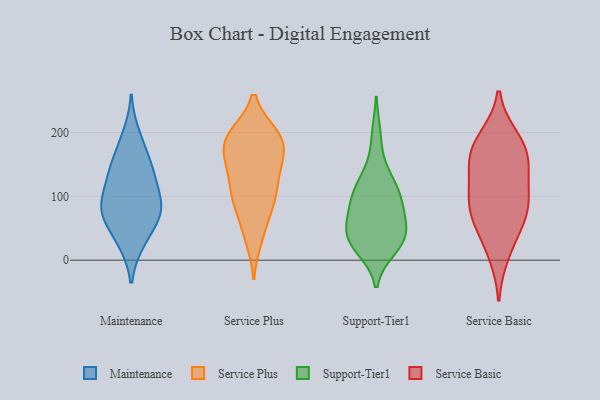
{"axis": {"x": "Population (Million)", "y": "Value"}, "legend": ["Maintenance", "Service Basic", "Service Plus", "Support-Tier1"], "data": [{"x": "", "y": 145, "type": "Maintenance"}, {"x": "", "y": 26, "type": "Maintenance"}, {"x": "", "y": 198, "type": "Maintenance"}, {"x": "", "y": 67, "type": "Maintenance"}, {"x": "", "y": 151, "type": "Maintenance"}, {"x": "", "y": 26, "type": "Maintenance"}, {"x": "", "y": 135, "type": "Maintenance"}, {"x": "", "y": 95, "type": "Maintenance"}, {"x": "", "y": 67, "type": "Maintenance"}, {"x": "", "y": 177, "type": "Maintenance"}, {"x": "", "y": 102, "type": "Maintenance"}, {"x": "", "y": 69, "type": "Maintenance"}, {"x": "", "y": 102, "type": "Maintenance"}, {"x": "", "y": 73, "type": "Maintenance"}, {"x": "", "y": 130, "type": "Maintenance"}, {"x": "", "y": 75, "type": "Maintenance"}, {"x": "", "y": 175, "type": "Service Plus"}, {"x": "", "y": 196, "type": "Service Plus"}, {"x": "", "y": 180, "type": "Service Plus"}, {"x": "", "y": 120, "type": "Service Plus"}, {"x": "", "y": 194, "type": "Service Plus"}, {"x": "", "y": 196, "type": "Service Plus"}, {"x": "", "y": 142, "type": "Service Plus"}, {"x": "", "y": 110, "type": "Service Plus"}, {"x": "", "y": 85, "type": "Service Plus"}, {"x": "", "y": 82, "type": "Service Plus"}, {"x": "", "y": 194, "type": "Service Plus"}, {"x": "", "y": 33, "type": "Service Plus"}, {"x": "", "y": 88, "type": "Service Plus"}, {"x": "", "y": 42, "type": "Service Plus"}, {"x": "", "y": 161, "type": "Service Plus"}, {"x": "", "y": 146, "type": "Service Plus"}, {"x": "", "y": 194, "type": "Service Plus"}, {"x": "", "y": 154, "type": "Service Plus"}, {"x": "", "y": 108, "type": "Service Plus"}, {"x": "", "y": 35, "type": "Support-Tier1"}, {"x": "", "y": 91, "type": "Support-Tier1"}, {"x": "", "y": 195, "type": "Support-Tier1"}, {"x": "", "y": 28, "type": "Support-Tier1"}, {"x": "", "y": 27, "type": "Support-Tier1"}, {"x": "", "y": 36, "type": "Support-Tier1"}, {"x": "", "y": 137, "type": "Support-Tier1"}, {"x": "", "y": 120, "type": "Support-Tier1"}, {"x": "", "y": 92, "type": "Support-Tier1"}, {"x": "", "y": 68, "type": "Support-Tier1"}, {"x": "", "y": 93, "type": "Support-Tier1"}, {"x": "", "y": 110, "type": "Support-Tier1"}, {"x": "", "y": 50, "type": "Support-Tier1"}, {"x": "", "y": 19, "type": "Support-Tier1"}, {"x": "", "y": 51, "type": "Support-Tier1"}, {"x": "", "y": 125, "type": "Service Basic"}, {"x": "", "y": 83, "type": "Service Basic"}, {"x": "", "y": 95, "type": "Service Basic"}, {"x": "", "y": 152, "type": "Service Basic"}, {"x": "", "y": 190, "type": "Service Basic"}, {"x": "", "y": 75, "type": "Service Basic"}, {"x": "", "y": 150, "type": "Service Basic"}, {"x": "", "y": 177, "type": "Service Basic"}, {"x": "", "y": 11, "type": "Service Basic"}, {"x": "", "y": 80, "type": "Service Basic"}, {"x": "", "y": 177, "type": "Service Basic"}, {"x": "", "y": 43, "type": "Service Basic"}]}